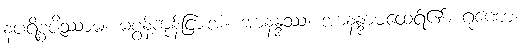
နပရိစ္စဇိဿာမ၊ မစွန့်ကုန်ငြားအံ့။ အာနန္ဒဿ၊ အာနန္ဒာမထေရ်၏။ ဂုဏော၊